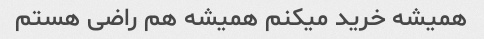
همیشه خرید میکنم همیشه هم راضی هستم